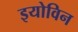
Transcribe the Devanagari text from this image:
इयोविन